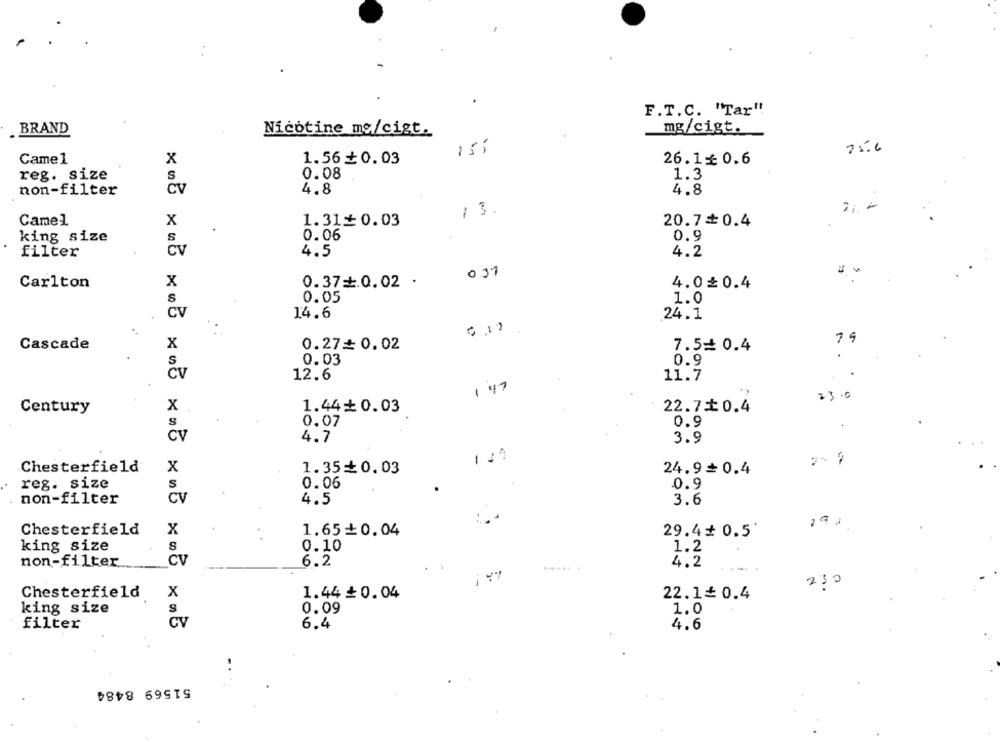
F.T.C. "Tar"
BRAND
Nicotine mg/cigt.
mg/cigt.
25.6
15:
Came1
x
1.56₺0.03
26.1 0.6
reg. size
0.08
1.3
non-filter
CV
4.8
4.8
13.
Camel
x
1.31≤0.03
20.7+0.4
king size
0.06
0.9
5
filter
CV
4.5
4.2
031
x
Carlton
0.37=0.02 .
4.0£0.4
S
0.05
1.0
CV
14.6
24.1
19
Cascade
x
0.27=0.02
7.5= 0.4
0.03
0.9
S
Cv
12.6
11.7
147
23.0
x
1.44+ 0.03
22.70.4
Century
0.07
0.9
..
CV
4.7
3.9
149
Chesterfield
x
1.350.03
24.90.4
reg. size
S
0.06
0.9
non-filter
CV
4.5
3.6
291
Chesterfield
X
1.65 0.04
29.4+ 0.5'
king size
S
0.10
1.2
non-filter
CV
6.2
4.2
230
Chesterfield
X
1.44 ₺ 0.04
22.1£ 0.4
0.09
king size
1.0
CV
filter
6.4
4.6
51569 8484